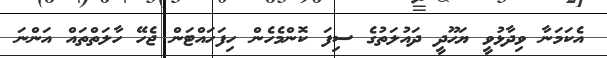
އެކަމަނާ ވިދާޅުވީ ޔަހޫދީ ދައުލަތުގެ ސިފަ ކޮންމެހެން ހިފަހައްޓަން ޖެހޭ ހާލަތްތައް އަންނަ